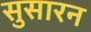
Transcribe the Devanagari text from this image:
सुसारन